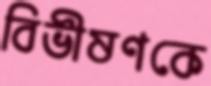
বিভীষণকে